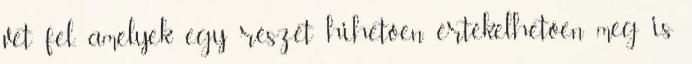
vet fel, amelyek egy részét hihetően, értékelhetően meg is